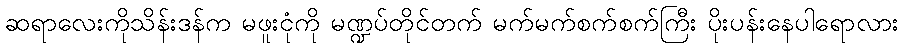
ဆရာလေးကိုသိန်းဒန်က မဖူးငုံကို မဏ္ဍပ်တိုင်တက် မက်မက်စက်စက်ကြီး ပိုးပန်းနေပါရောလား